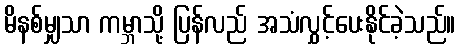
မိနစ်မျှသာ ကမ္ဘာသို့ ပြန်လည် အသံလွှင့်ပေးနိုင်ခဲ့သည်။